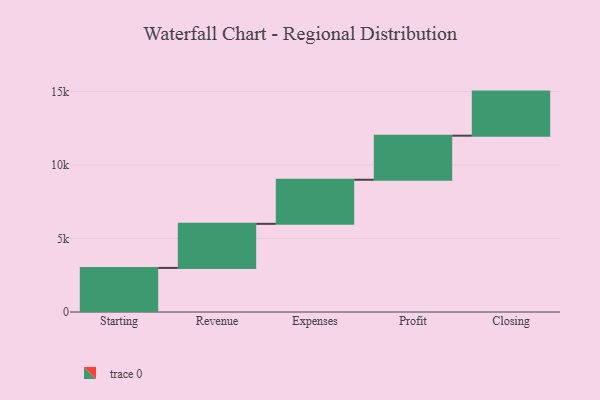
{"axis": {"x": "Step", "y": "Value"}, "legend": [""], "data": [{"x": "Starting", "y": 3000, "type": ""}, {"x": "Revenue", "y": 3000, "type": ""}, {"x": "Expenses", "y": 3000, "type": ""}, {"x": "Profit", "y": 3000, "type": ""}, {"x": "Closing", "y": 3000, "type": ""}]}